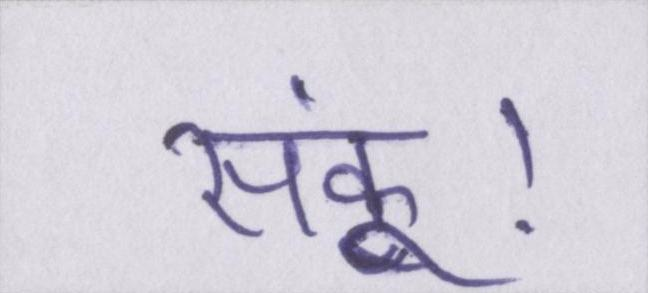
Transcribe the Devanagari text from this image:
सकूं।